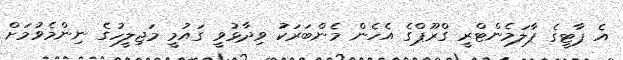
އެ ޕާޓީގެ ޕާލަމެންޓްރީ ގްރޫޕްގެ އެހެން މެންބަރަކު ވިދާޅުވީ ގައުމީ މަޖިލީހުގެ ނިންމެވުމަށް